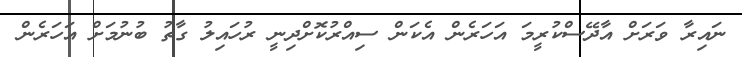
ނައިރާ ވަރަށް އާދޭސްކުރީމަ އަހަރެން އެކަން ސިއްރުކޮށްދިނީ ރުހައިލު ގާތު ބުނުމަށް އަހަރެން